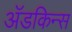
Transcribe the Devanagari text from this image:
अॅडकिन्स